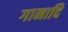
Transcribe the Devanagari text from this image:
गानादि